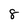
Character: 8